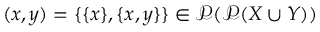
( x , y ) = \{ \{ x \} , \{ x , y \} \} \in { \mathcal { P } } ( { \mathcal { P } } ( X \cup Y ) )